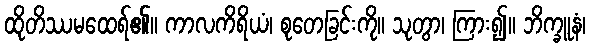
ထိုတိဿမထေရ်၏။ ကာလကိရိယံ၊ စုတေခြင်းကို။ သုတွာ၊ ကြား၍။ ဘိက္ခူနံ၊